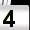
Digit: 4